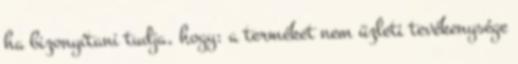
ha bizonyítani tudja, hogy: a terméket nem üzleti tevékenysége